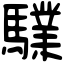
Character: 驜